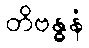
တိဗန္ဓနံ